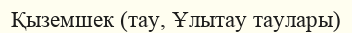
Қыземшек (тау, Ұлытау таулары)